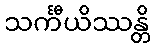
သင်္ကီယိဿန္တိ